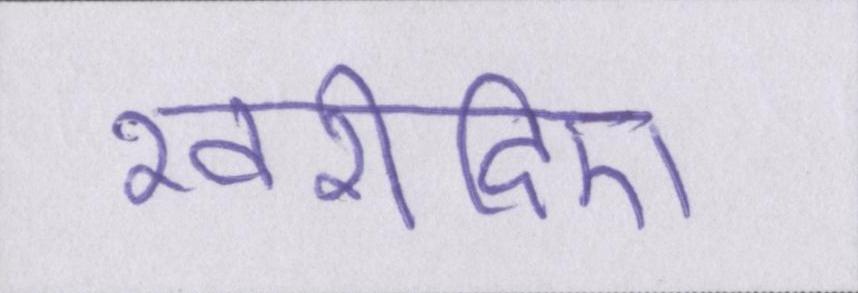
खरीदिए